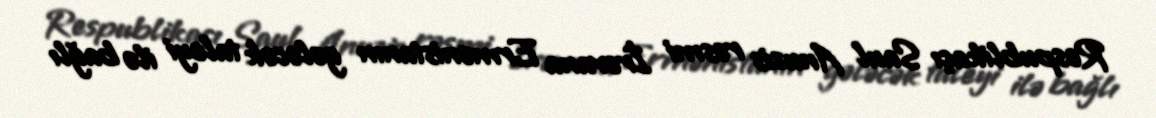
Respublikaçı Saul Anuzis rəsmi İrəvana Ermənistanın gələcək taleyi ilə bağlı